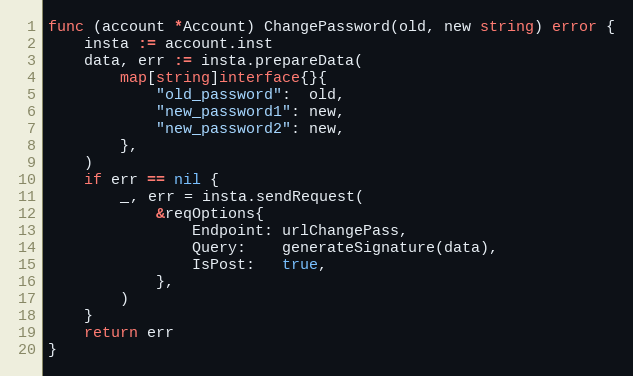
Language: Go
func (account *Account) ChangePassword(old, new string) error {
	insta := account.inst
	data, err := insta.prepareData(
		map[string]interface{}{
			"old_password":  old,
			"new_password1": new,
			"new_password2": new,
		},
	)
	if err == nil {
		_, err = insta.sendRequest(
			&reqOptions{
				Endpoint: urlChangePass,
				Query:    generateSignature(data),
				IsPost:   true,
			},
		)
	}
	return err
}